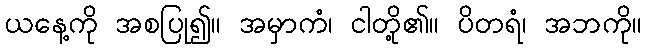
ယနေ့ကို အစပြု၍။ အမှာကံ၊ ငါတို့၏။ ပိတရံ၊ အဘကို။